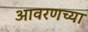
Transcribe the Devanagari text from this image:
आवरणच्या